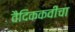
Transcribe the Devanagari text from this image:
वैदिककवींचा